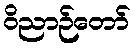
ဝိညာဉ်တော်